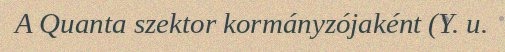
A Quanta szektor kormányzójaként (Y. u.